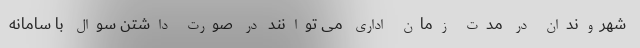
شهروندان در مدت زمان اداری می توانند در صورت داشتن سوال با سامانه